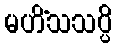
မဟိံသသပ္ပိ